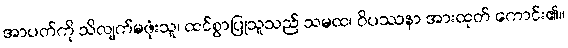
အာပတ်ကို သိလျက်မဖုံးသူ၊ ထင်စွာပြုသူသည် သမထ၊ ဝိပဿနာ အားထုတ် ကောင်း၏။